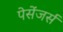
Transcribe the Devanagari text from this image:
पेसेंजर्स